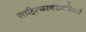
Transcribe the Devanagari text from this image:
साहित्यस्वरूपविमर्श